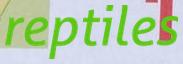
reptiles